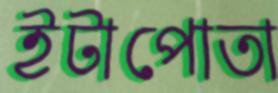
ইটাপোতা